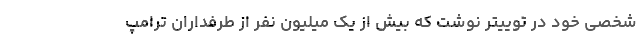
شخصی خود در توییتر نوشت که بیش از یک میلیون نفر از طرفداران ترامپ